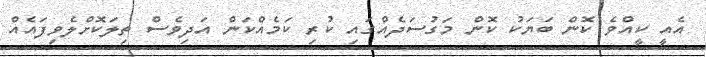
އެއީ ކީއްވެ ކޮން ބަޔަކު ކޮން މަގުސަދެއްގައި ކުރި ކަމެއްކަން އަދިވެސް ތިލަކޮށްލެވިފައެއް